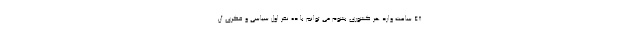
48 ساعت وارد هر کشوری بشوم می توانم با ده نفر اول سیاسی و فکری آن